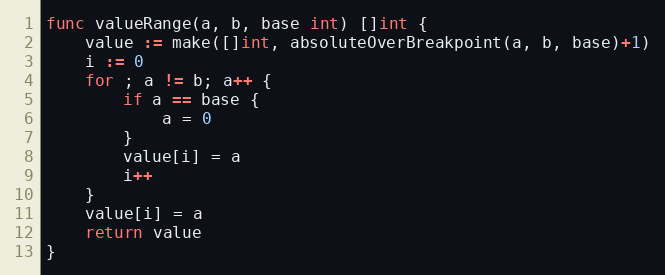
Language: Go
func valueRange(a, b, base int) []int {
	value := make([]int, absoluteOverBreakpoint(a, b, base)+1)
	i := 0
	for ; a != b; a++ {
		if a == base {
			a = 0
		}
		value[i] = a
		i++
	}
	value[i] = a
	return value
}